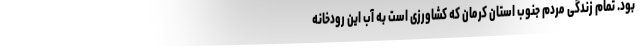
بود. تمام زندگی مردم جنوب استان کرمان که کشاورزی است به آب این رودخانه